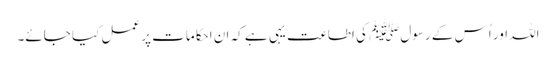
اللہ اور اُس کے رسولﷺ کی اطاعت یہی ہے کہ ان احکامات پر عمل کیا جائے۔